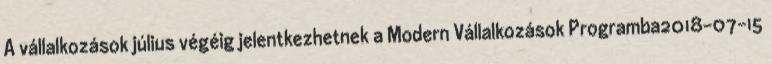
A vállalkozások július végéig jelentkezhetnek a Modern Vállalkozások Programba2018-07-15